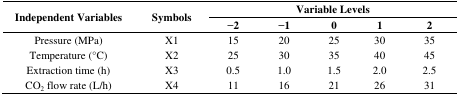
<table><thead><tr><td rowspan="3"><b>Independent Variables</b></td><td rowspan="3"><b>Symbols</b></td><td colspan="5"><b>Variable Levels</b></td></tr><tr><td><b>−2</b></td><td><b>−1</b></td><td><b>0</b></td><td><b>1</b></td><td><b>2</b></td></tr></thead><tbody><tr><td>Pressure (MPa)</td><td>X1</td><td>15</td><td>20</td><td>25</td><td>30</td><td>35</td></tr><tr><td>Temperature (°C)</td><td>X2</td><td>25</td><td>30</td><td>35</td><td>40</td><td>45</td></tr><tr><td>Extraction time (h)</td><td>X3</td><td>0.5</td><td>1.0</td><td>1.5</td><td>2.0</td><td>2.5</td></tr><tr><td>CO<sub>2</sub> flow rate (L/h)</td><td>X4</td><td>11</td><td>16</td><td>21</td><td>26</td><td>31</td></tr></tbody></table>